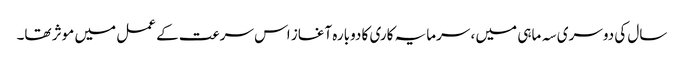
سال کی دوسری سہ ماہی میں ، سرمایہ کاری کا دوبارہ آغاز اس سرعت کے عمل میں موثر تھا۔